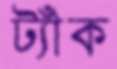
ট্যাঁক